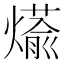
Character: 𮳹